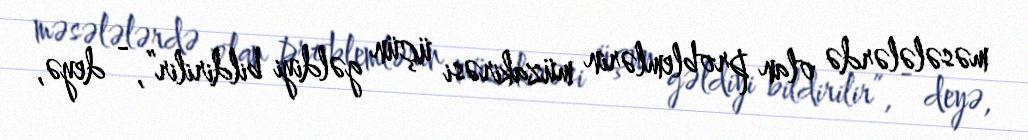
məsələlərdə olan problemlərin müzakirəsi üçün gəldiyi bildirilir”, - deyə,